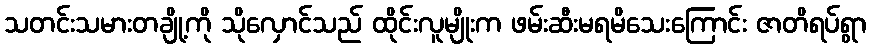
သတင်းသမားတချို့ကို သိုလှောင်သည် ထိုင်းလူမျိုးက ဖမ်းဆီးမရမိသေးကြောင်း ဇာတိရပ်ရွာ